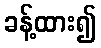
ခန့်ထား၍